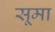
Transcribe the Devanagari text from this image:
सूमा